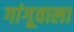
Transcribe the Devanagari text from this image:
गांगूवाला